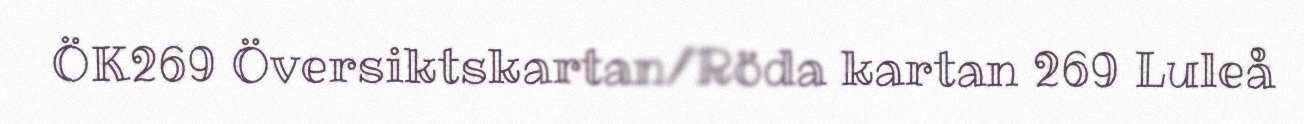
ÖK269 Översiktskartan/Röda kartan 269 Luleå